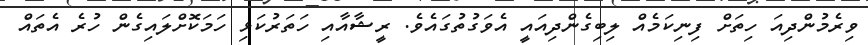
ވިރެމުންދިއަަ ހިތަށް ފިނިކަމެއް ލިބިގެންދިއައީ އެވަގުތުގައެވެ. ރީޝާއާއި ހަތަރުކަޅި ހަމަކޮށްލައިގެން ހުރެ އެތައް